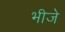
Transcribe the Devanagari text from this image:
भीजे